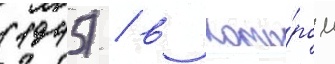
(1945) / в кото́ром